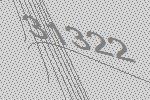
31322